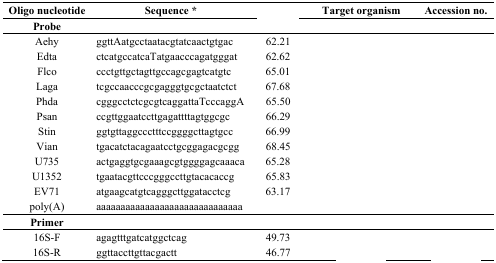
<table><thead><tr><td><b>Oligo nucleotide</b></td><td><b>Sequence *</b></td><td>[EMPTY_CELL]</td><td><b>Target organism</b></td><td><b>Accession no.</b></td></tr></thead><tbody><tr><td><b>Probe</b></td><td colspan="4">[EMPTY_CELL]</td></tr><tr><td>Aehy</td><td>ggttAatgcctaatacgtatcaactgtgac</td><td>62.21</td><td>[EMPTY_CELL]</td><td>[EMPTY_CELL]</td></tr><tr><td>Edta</td><td>ctcatgccatcaTatgaacccagatgggat</td><td>62.62</td><td>[EMPTY_CELL]</td><td>[EMPTY_CELL]</td></tr><tr><td>Flco</td><td>ccctgttgctagttgccagcgagtcatgtc</td><td>65.01</td><td>[EMPTY_CELL]</td><td>[EMPTY_CELL]</td></tr><tr><td>Laga</td><td>tcgccaacccgcgagggtgcgctaatctct</td><td>67.68</td><td>[EMPTY_CELL]</td><td>[EMPTY_CELL]</td></tr><tr><td>Phda</td><td>cgggcctctcgcgtcaggattaTcccaggA</td><td>65.50</td><td>[EMPTY_CELL]</td><td>[EMPTY_CELL]</td></tr><tr><td>Psan</td><td>ccgttggaatccttgagattttagtggcgc</td><td>66.29</td><td>[EMPTY_CELL]</td><td>[EMPTY_CELL]</td></tr><tr><td>Stin</td><td>ggtgttaggccctttccggggcttagtgcc</td><td>66.99</td><td>[EMPTY_CELL]</td><td>[EMPTY_CELL]</td></tr><tr><td>Vian</td><td>tgacatctacagaatcctgcggagacgcgg</td><td>68.45</td><td>[EMPTY_CELL]</td><td>[EMPTY_CELL]</td></tr><tr><td>U735</td><td>actgaggtgcgaaagcgtggggagcaaaca</td><td>65.28</td><td>[EMPTY_CELL]</td><td>[EMPTY_CELL]</td></tr><tr><td>U1352</td><td>tgaatacgttcccgggccttgtacacaccg</td><td>65.83</td><td>[EMPTY_CELL]</td><td>[EMPTY_CELL]</td></tr><tr><td>EV71</td><td>atgaagcatgtcagggcttggatacctcg</td><td>63.17</td><td>[EMPTY_CELL]</td><td>[EMPTY_CELL]</td></tr><tr><td>poly(A)</td><td>aaaaaaaaaaaaaaaaaaaaaaaaaaaaaa</td><td>[EMPTY_CELL]</td><td>[EMPTY_CELL]</td><td>[EMPTY_CELL]</td></tr><tr><td><b>Primer</b></td><td colspan="4">[EMPTY_CELL]</td></tr><tr><td>16S-F</td><td>agagtttgatcatggctcag</td><td>49.73</td><td>[EMPTY_CELL]</td><td>[EMPTY_CELL]</td></tr><tr><td>16S-R</td><td>ggttaccttgttacgactt</td><td>46.77</td><td>[EMPTY_CELL]</td><td>[EMPTY_CELL]</td></tr></tbody></table>